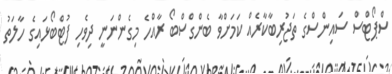
ސްޕޯޓްސް ސައިންސްގެ ތަޖުރިބާކާރެއް ކަމަށްވާ ބެންގްސްބޯ ރާއްހެ މިގެންނަނީ ދިވެހި ފުޓްބޯޅައިގެ ހާލަތު